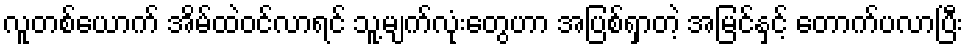
လူတစ်ယောက် အိမ်ထဲဝင်လာရင် သူ့မျက်လုံးတွေဟာ အပြစ်ရှာတဲ့ အမြင်နှင့် တောက်ပလာပြီး